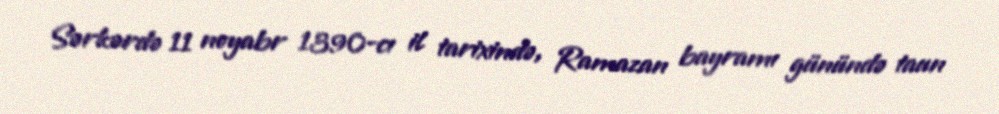
Sərkərdə 11 noyabr 1390-cı il tarixində, Ramazan bayramı günündə taun